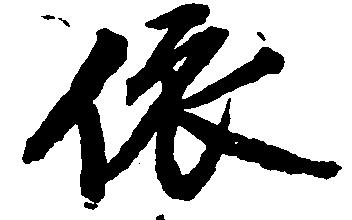
依